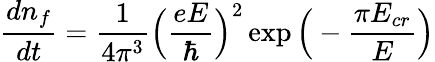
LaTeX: \frac{dn_{f}}{dt}=\frac{1}{4\pi^{3}}\Big(\frac{eE}{\hbar}\Big)^{2}\exp{\Big(-\frac{\pi E_{cr}}{E}\Big)}